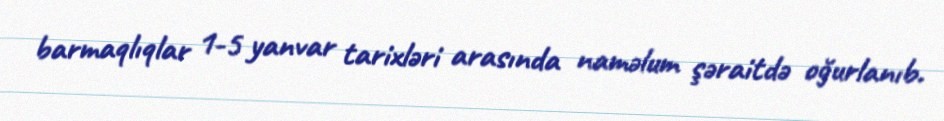
barmaqlıqlar 1-5 yanvar tarixləri arasında naməlum şəraitdə oğurlanıb.